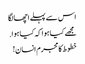
اس سے پہلے اچھا لگا
مجھے کیا ہوا کہ کیا ہوا.
خطوط کا مجرم انسان!